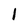
Character: 1